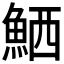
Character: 𫙘